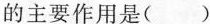
的主要作用是()